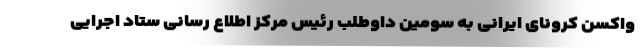
واکسن کرونای ایرانی به سومین داوطلب رئیس مرکز اطلاع رسانی ستاد اجرایی